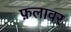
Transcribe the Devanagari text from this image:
फ़लावर